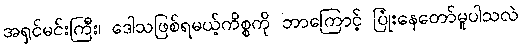
အရှင်မင်းကြီး၊ ဒေါသဖြစ်ရမယ့်ကိစ္စကို ဘာကြောင့် ပြုံးနေတော်မူပါသလဲ